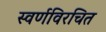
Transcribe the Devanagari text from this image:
स्वर्णविरचित